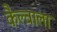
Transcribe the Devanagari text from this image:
कैल्वाला